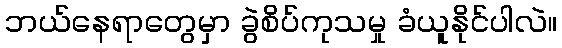
ဘယ်နေရာတွေမှာ ခွဲစိပ်ကုသမှု ခံယူနိုင်ပါလဲ။